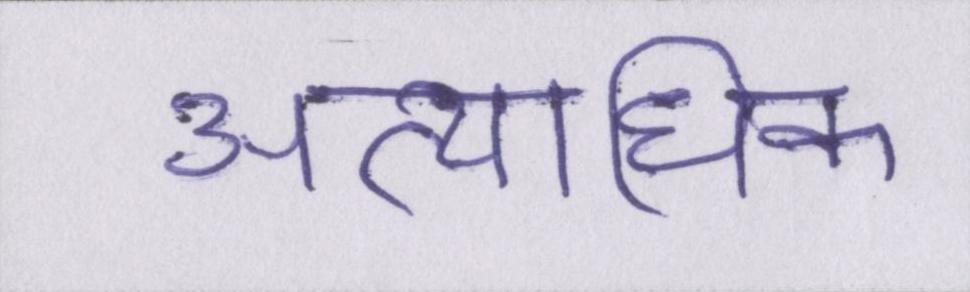
अत्यधिक